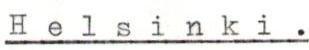
Helsinki.